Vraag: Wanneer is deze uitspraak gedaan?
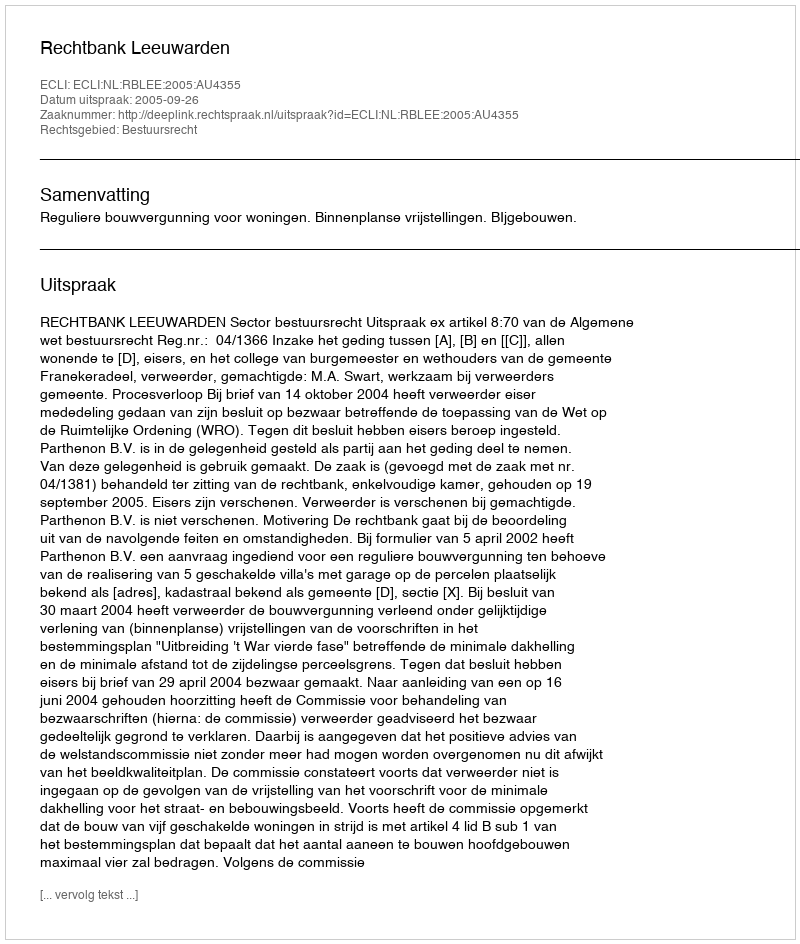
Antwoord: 2005-09-26